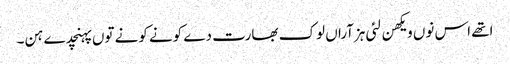
اتھے اس نوں ویکھن لئی ہزآراں لوک بھارت دے کونے کونے توں پہنچدے ہن۔